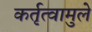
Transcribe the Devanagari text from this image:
कर्तृत्वामुले